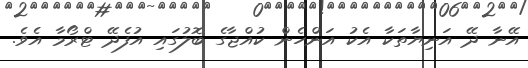
އޭނާ ދޭ އަނިޔާތަކާ އެކު އަންހެން ކުއްޖާގެ ބޮލުގައި އުފެދޭ ޓްރޯމާ އެވެ.